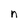
Character: n